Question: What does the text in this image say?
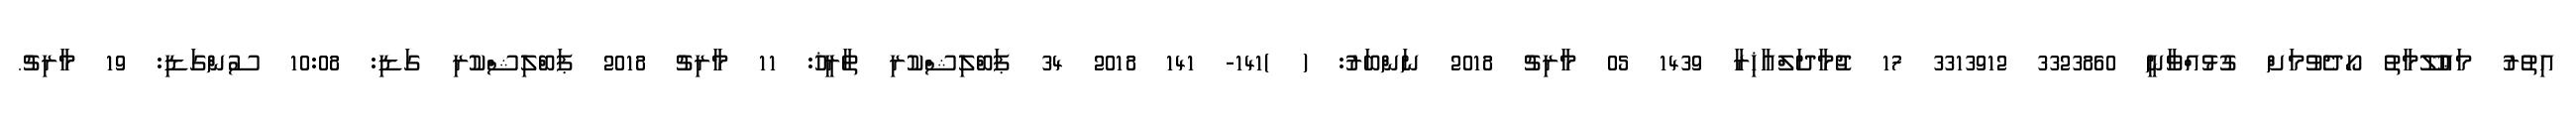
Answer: އިތުރު މަޢުލޫމާތު ހޯދެވުމަށް ގުޅުއްވާނީ 3323860 3313912 17 ޖުމާދަލްއާޚިރާ 1439 05 މާރިޗު 2018 ނަންބަރު: ( )141- 141 2018 34 ޕަބްލިޝްކުރި ތާރީޚު: 11 މާރިޗު 2018 ޕަބްލިޝްކުރި ގަޑި: 10:08 ސުންގަޑި: 19 މާރިޗު.